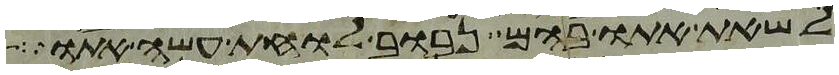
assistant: לשאת אתו בהם נבוב לוחת עשה אתו